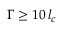
\Gamma \geq 1 0 \, l _ { c }